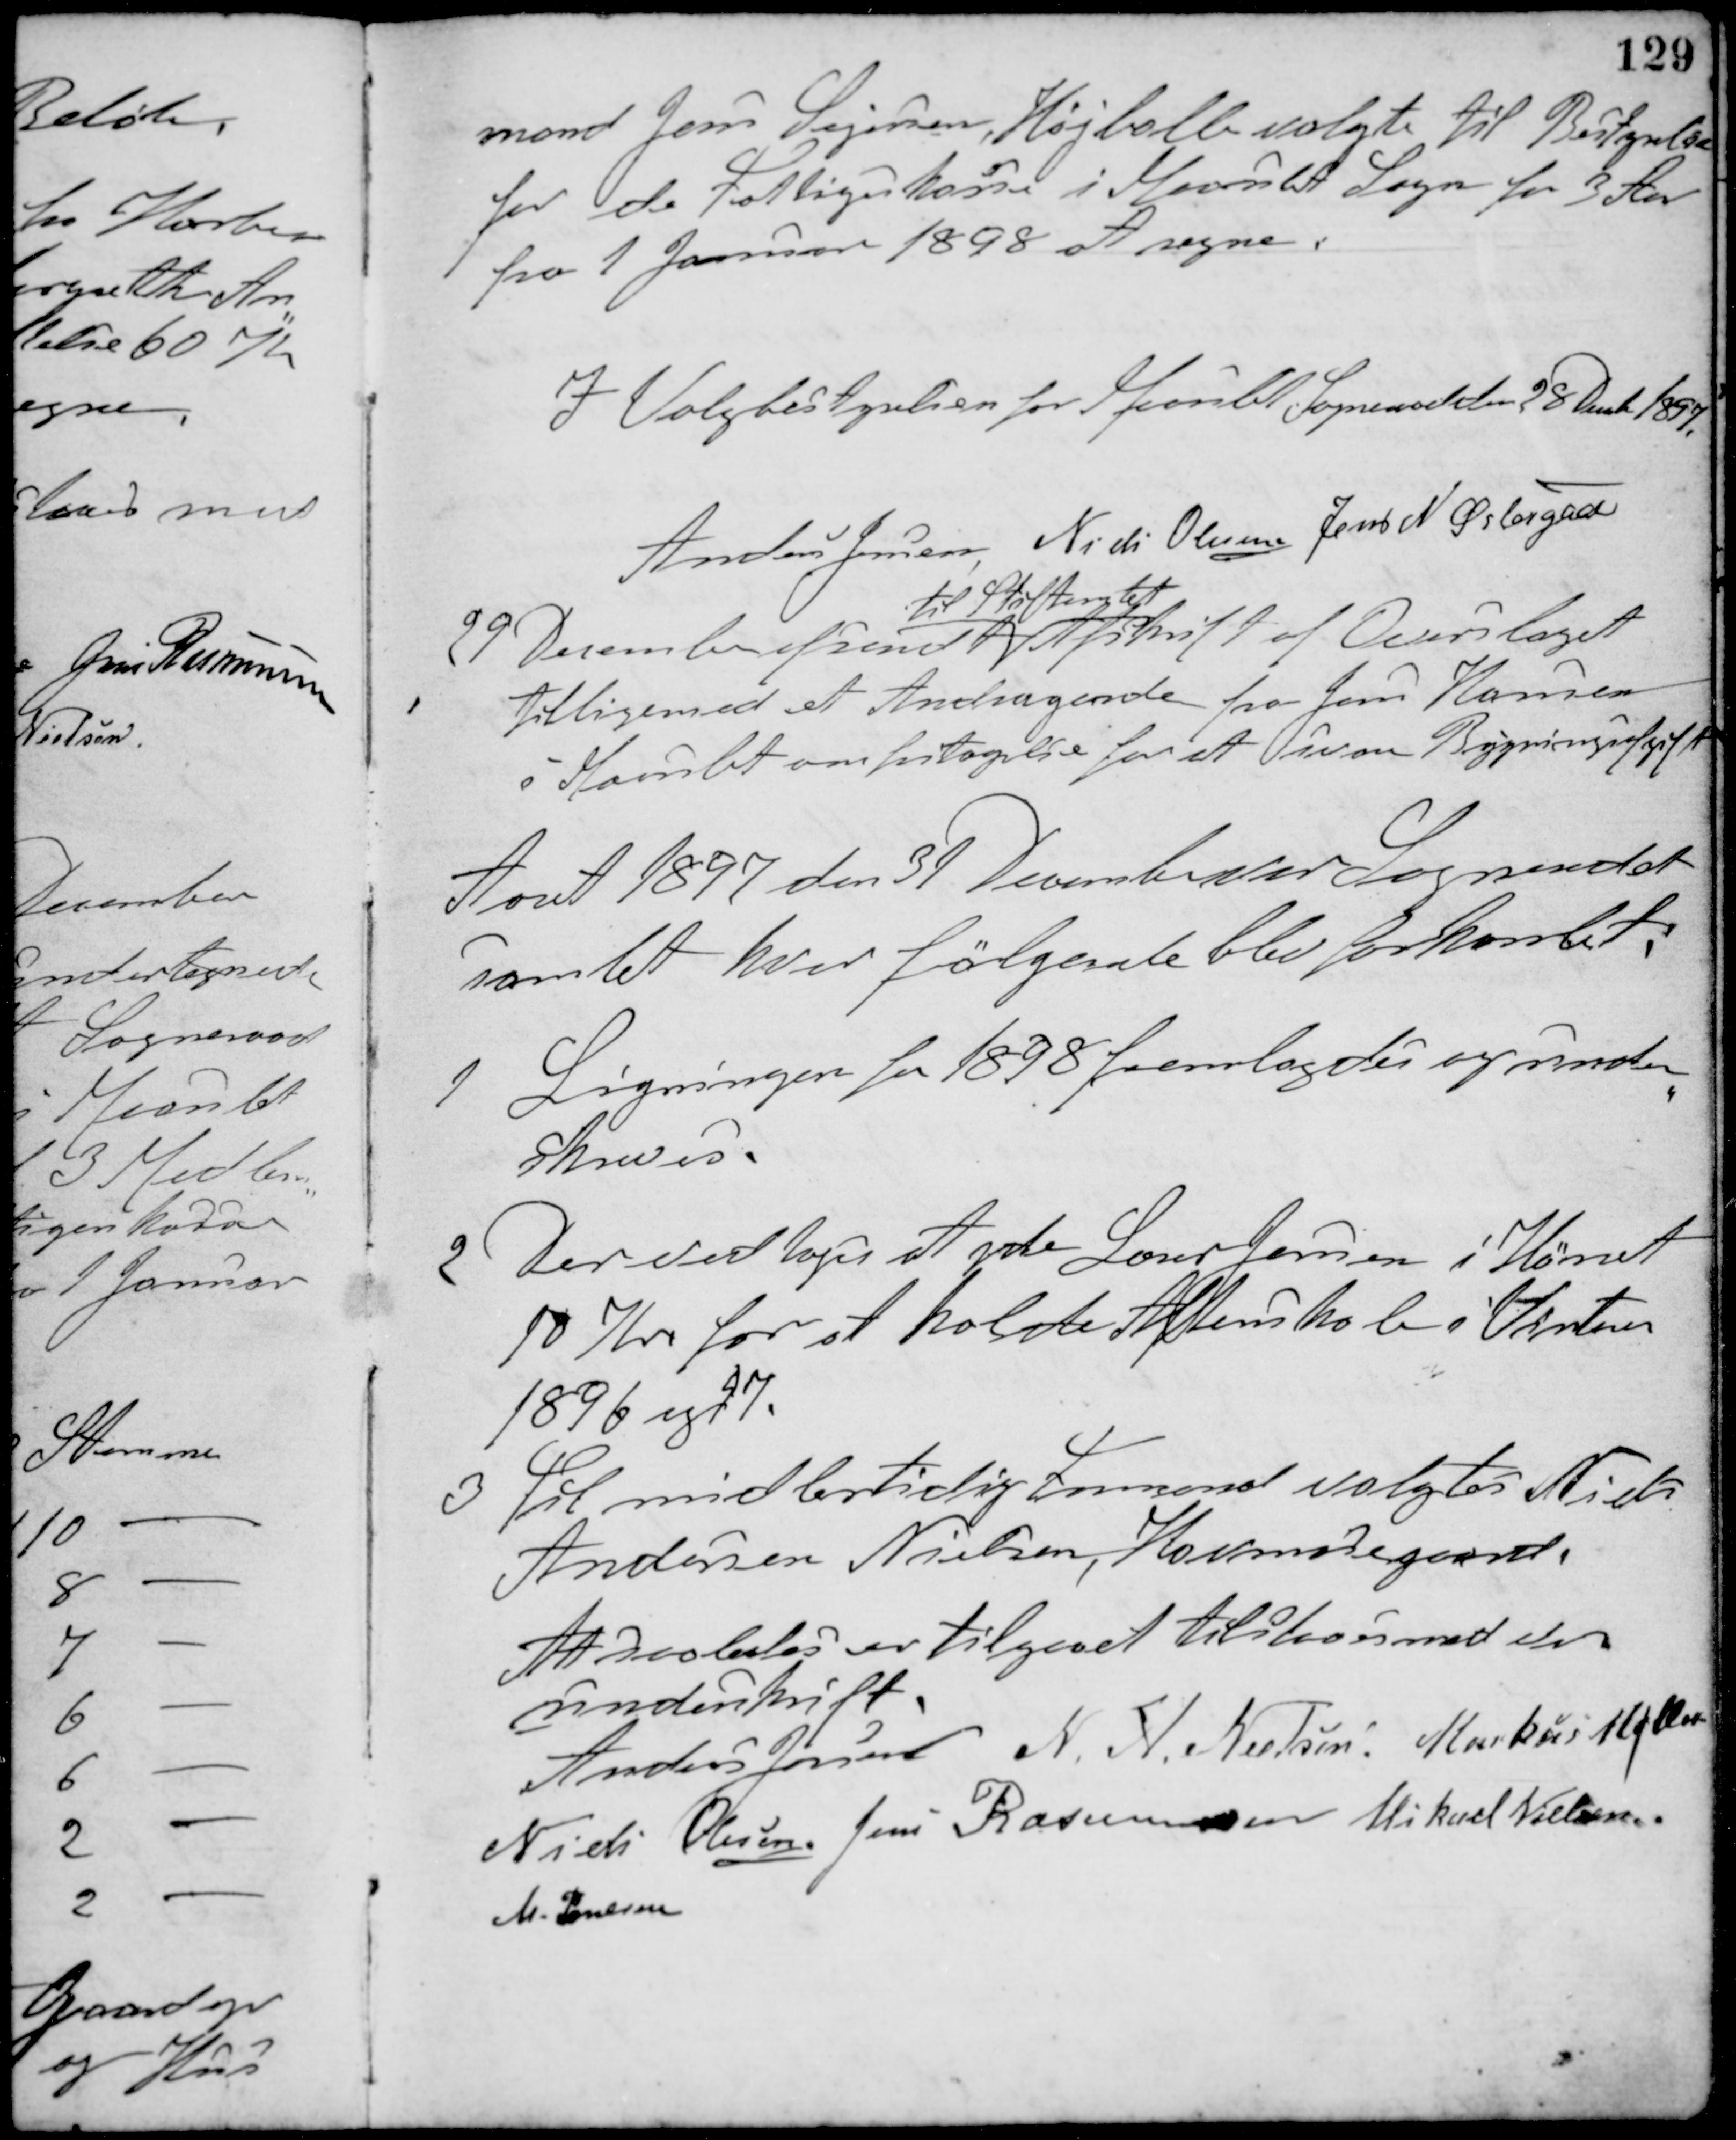
Transskription:
mand Jens Sejersen, Højballe valgte til Bestyrelsen
for de Fattiges kasse i Maarslet Sogn for 3 Aar
fra 1 Januar 1898 at regne.
I Valgbestyrelsen for Maarslet Sogneraad den 28 Decb 1897.
Anders Jensen Niels Olesen Jens N. Østergaard
29 December afsendt
til Stiftamtet
Afskrift af Overslaget
tilligemed et Andragende fra Jens Hansen
i Maarslet om fritagelse for at svare Bygningsafgift.
Aaret 1897 den 31 December var Sogneraadet
samlet hvor følgende blev forhandlet:
1 Ligningen for 1898 fremlagdes og under-
skreves.
2 Der vedtoges at yde Laurs Jensen i Hørret
10 Kr. for at holde Aftenskole i Vinteren
1896 og 97.
3 Til midlertidig Formand valgtes Niels
Andersen Nielsen, Havmosegaard.
At saaledes er tilgaaet tilstaaes med vor
underskrift.
Anders Jensen N. A. Nielsen Markus Møller
Niels Olesen Jens Rasmussen Mikael Nielsen
M. Poulsen